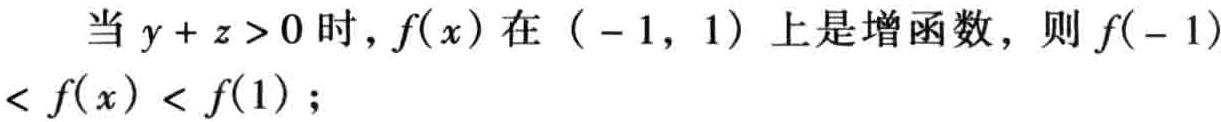
当 \(y + z > 0\) 时，\(f(x)\) 在 \(( - 1, 1)\) 上是增函数，则 \(f( - 1) < f(x) < f(1)\)；